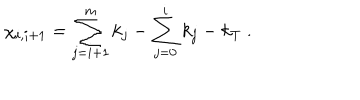
LaTeX: \chi _ { i , i + 1 } = \sum _ { j = i + 1 } ^ { m } k _ { j } - \sum _ { j = 0 } ^ { i } k _ { j } - k _ { T } ~ . ~ \,